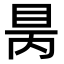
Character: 𥅙